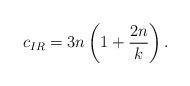
LaTeX: \begin{align*}c_{IR}=3n\left(1+\frac{2n}{k}\right).\end{align*}